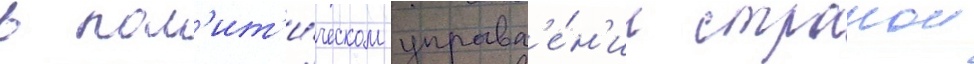
в пол'ит'и́ческом управл'е́н'ии странои